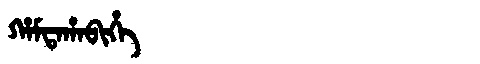
Manchu: ᡥᠠᠮᡨᠠᡥᠠᠪᡳᡥᡝ
Romanization: HAMTAHABIHE